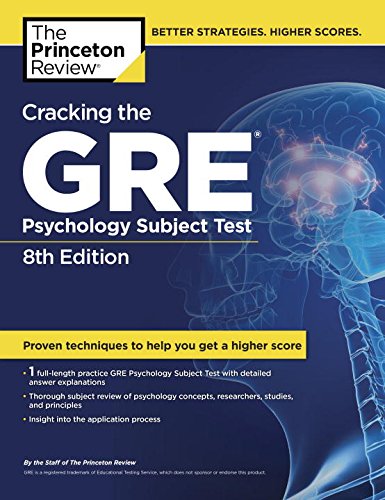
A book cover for Cracking the GRE Psychology Subject Test, 8th Edition (Graduate School Test Preparation); Princeton Review; Test Preparation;